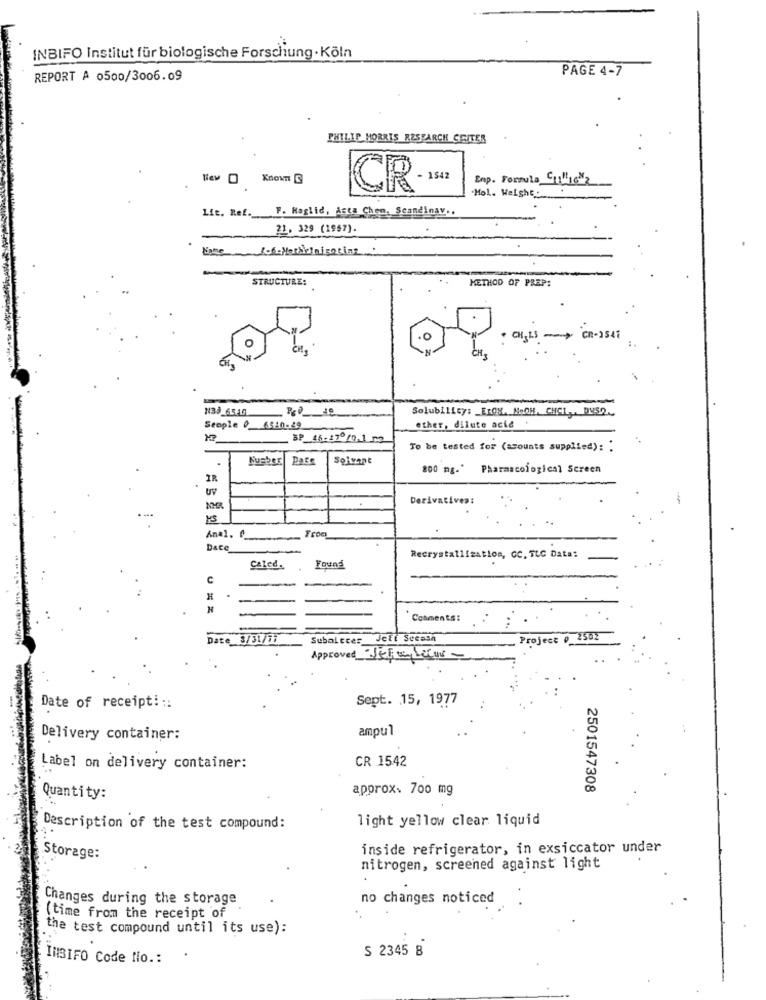
INBIFO Institut für biologische Forschung . Köln
PAGE 4-7
REPORT A 0500/3006.09
PHILIP MORRIS RESEARCH CRITER
Niev O Known 3
Enp. Formula Chiliich2
CR
Mol. Weight:
F. Maglid, Asta Chem. Scandinav ..
Lit. Ref ._.
21. 329 (1967).
STRUCTURE:
METHOD OF PREP:
cn-1541
N133_6540
Solubility: _ ErOs. NoOH, CHCL ,. DVSO.
ether, dilute acid .
BP_46-270/0.1 52
To be tested for (acounts supplied): :
.
Pace
200 mg."
Pharmacological Screen
1R
.
uv
Derivativea:
NMR
From
Anal. 0
Dace
Recrystallization, GC, TLC Data:
Caled.
Found
C
Comments:
Date 3/31/71
Subaltres Jett Secasn
Project # 2502
Approved JEFimleur -
Sept. 15, 1977
Date of receipt :::
ampul
Delivery container:
CR 1542
Label on delivery container:
approx. 700 mg
2501547308
Quantity:
light yellow clear liquid
Description of the test compound:
inside refrigerator, in exsiccator under
Storage:
nitrogen, screened against light
Changes during the storage
no changes noticed
[time from the receipt of
the test compound until its use):
S 2345 B
INBIFO Code No .: